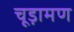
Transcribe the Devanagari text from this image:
चूड़ामण